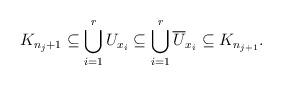
LaTeX: \begin{align*} K_{n_j+1} \subseteq \bigcup_{i=1}^r U_{x_i} \subseteq \bigcup_{i=1}^r \overline{U}_{x_i} \subseteq K_{n_{j+1}}.\end{align*}